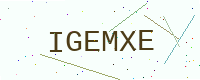
Text: IGEMXE